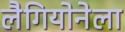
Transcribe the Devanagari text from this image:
लैगियोनेला